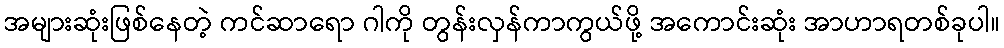
အများဆုံးဖြစ်နေတဲ့ ကင်ဆာရော ဂါကို တွန်းလှန်ကာကွယ်ဖို့ အကောင်းဆုံး အာဟာရတစ်ခုပါ။